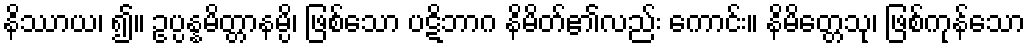
နိဿာယ၊ ၍။ ဥပ္ပန္နမိတ္တာနမ္ပိ၊ ဖြစ်သော ပဋိဘာဂ နိမိတ်၏လည်း ကောင်း။ နိမိတ္တေသု၊ ဖြစ်ကုန်သော